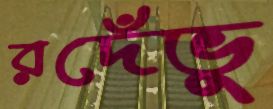
রদেঁভু